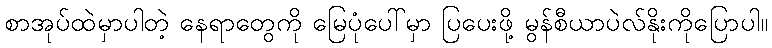
စာအုပ်ထဲမှာပါတဲ့ နေရာတွေကို မြေပုံပေါ်မှာ ပြပေးဖို့ မွန်စီယာပဲလ်နိုးကိုပြောပါ။